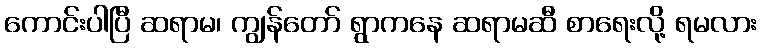
ကောင်းပါပြီ ဆရာမ၊ ကျွန်တော် ရွာကနေ ဆရာမဆီ စာရေးလို့ ရမလား